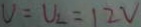
U = U _ { 2 } = 1 2 V